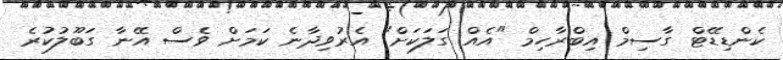
ކެންޑިޑޭޓް ގާސިމް އިބްރާހިމް "އެއް ގަލަކަށް" އެރުވިދާނެ ކަމަށް ވެސް އޭނާ ގަބޫލުކުރެ